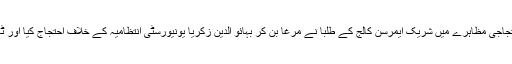
چونگی نمبر 6 پر ہونیوالے احتجاجی مظاہرے میں شریک ایمرسن کالج کے طلبا نے مرغا بن کر بہائو الدین زکریا یونیورسٹی انتظامیہ کے خلاف احتجاج کیا اور ٹائر جلا کر سڑک بلاک کر دی۔